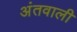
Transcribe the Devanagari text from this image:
अंतवाली